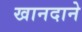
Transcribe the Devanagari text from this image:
खानदाने